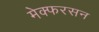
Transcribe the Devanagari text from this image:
मेक्फरसन